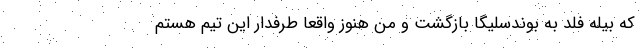
که بیله فلد به بوندسلیگا بازگشت و من هنوز واقعاً طرفدار این تیم هستم